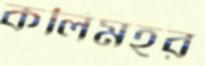
কলিমহর